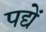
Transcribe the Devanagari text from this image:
पद्यें